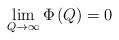
LaTeX: \begin{align*}\lim_{Q\rightarrow \infty }\Phi \left( Q\right) =0\end{align*}